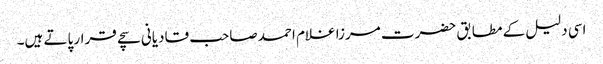
اسی دلیل کے مطابق حضرت مرزا غلام احمد صاحب قادیانی سچے قرار پاتے ہیں۔